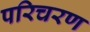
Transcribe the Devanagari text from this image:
परिचरण